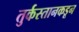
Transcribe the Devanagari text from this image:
तुर्कस्तानकडून